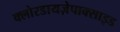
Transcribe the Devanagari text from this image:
क्लोरडायज़ेपाक्साइड